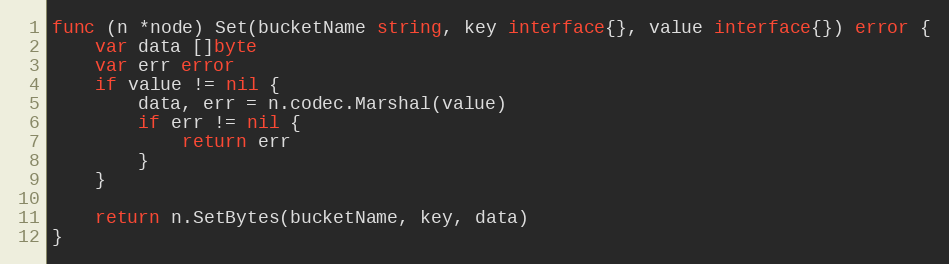
Language: Go
func (n *node) Set(bucketName string, key interface{}, value interface{}) error {
	var data []byte
	var err error
	if value != nil {
		data, err = n.codec.Marshal(value)
		if err != nil {
			return err
		}
	}

	return n.SetBytes(bucketName, key, data)
}